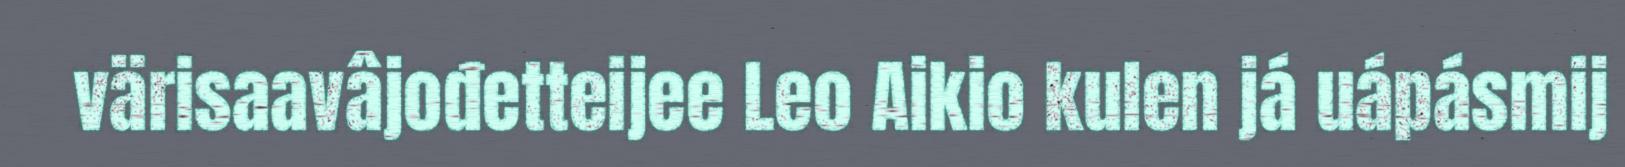
värisaavâjođetteijee Leo Aikio kulen já uápásmij